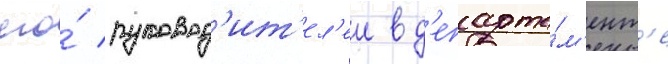
его́ руковод'ит'ел'еи в д'епарта́м'ент'е